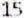
15